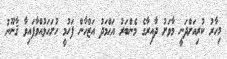
މިހާރު ކުރިއަށްދަނީ މާވަށު ދާއިރާގެ މެންބަރު އަޙްމަދު އަޒްހާން ފަހުމީ ހުށަހަޅުއްވާފައިވާ ޤާނޫނު